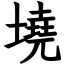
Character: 墝